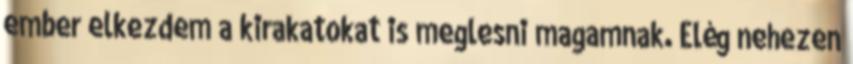
ember elkezdem a kirakatokat is meglesni magamnak. Elég nehezen